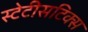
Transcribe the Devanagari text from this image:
स्टेटीसटिक्स